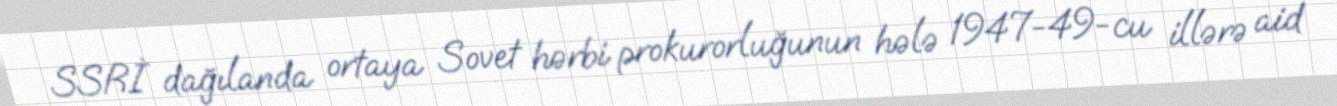
SSRİ dağılanda ortaya Sovet hərbi prokurorluğunun hələ 1947-49-cu illərə aid